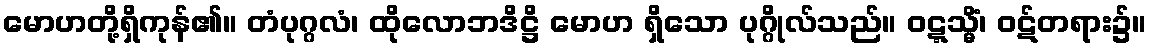
မောဟတို့ရှိကုန်၏။ တံပုဂ္ဂလံ၊ ထိုလောဘဒိဋ္ဌိ မောဟ ရှိသော ပုဂ္ဂိုလ်သည်။ ဝဋ္ဋသ္မိံ၊ ဝဋ်တရား၌။